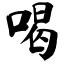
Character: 喝